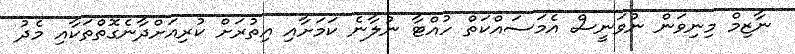
ނާޒިމް މިނިވަން ނުވަނީސް އެމަސައްކަތް ހުއްޓާ ނުލާނެ ކަމަށާއި އިތުރަށް ކުރިއަށްދާނެގޮތްތަކާއި މެދު